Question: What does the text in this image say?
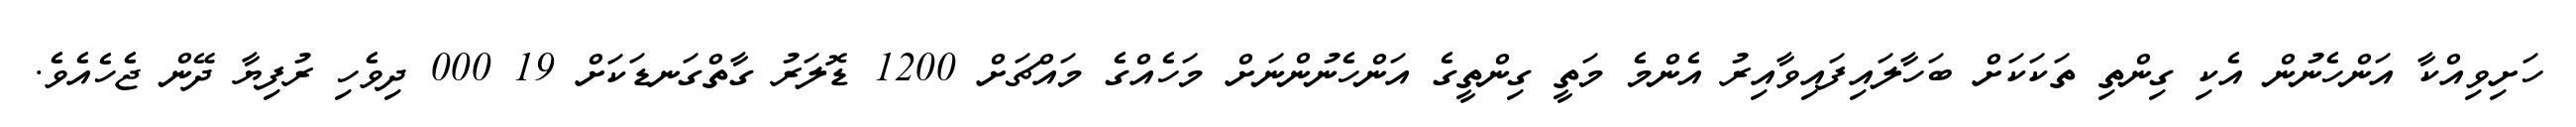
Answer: ހަށިވިއްކާ އަންހެނުން އެކި ގިންތި ތަކަކަށް ބަހާލައިފައިވާއިރު އެންމެ މަތީ ގިންތީގެ އަންހެނުންނަށް މަހެއްގެ މައްޗަށް 1200 ޑޮލަރު ގާތްގަނޑަކަށް 19 000 ދިވެހި ރުފިޔާ ދޭން ޖެހެއެވެ.